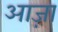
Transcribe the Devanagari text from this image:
आज़ा